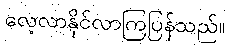
လေ့လာနိုင်လာကြပြန်သည်။